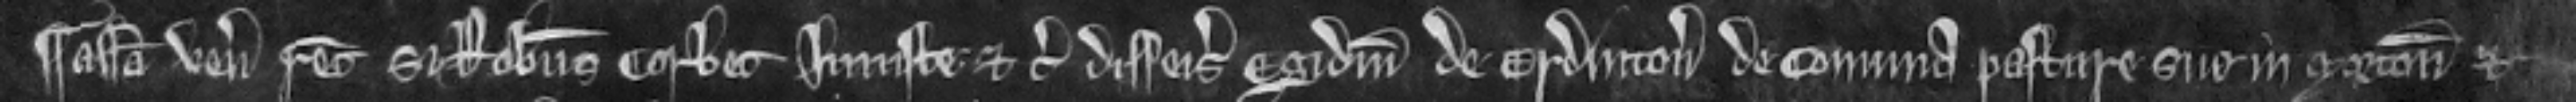
¶ assisa uenit recognitura si Robertus Corbet iniuste etc. disseisivit Egidium de Erdintono de comuna pasture sue in Mortonum et